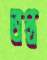
তপ্ত